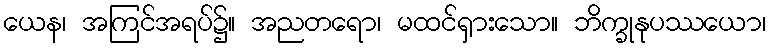
ယေန၊ အကြင်အရပ်၌။ အညတရော၊ မထင်ရှားသော။ ဘိက္ခုနုပဿယော၊